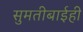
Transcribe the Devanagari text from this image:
सुमतीबाईही